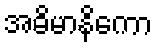
အဓိမာနိကော